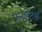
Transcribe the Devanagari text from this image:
फ्रस्ट्रेटर्स